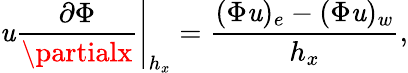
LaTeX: \left.\mathit{u}\frac{{\partial\Phi}}{{\partialx}}\right|_{h_{x}}=\frac{{(\Phi\mathit{u})_{e}-(\Phi\mathit{u})_{w}}}{{h_{x}}},